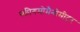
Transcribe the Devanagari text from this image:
स्फीगमोमैनोमीटर